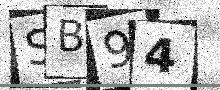
Text: SB94